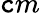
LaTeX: \mathtt{c}m